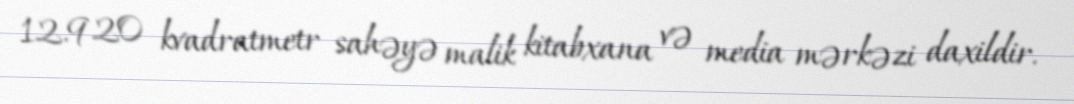
12.920 kvadratmetr sahəyə malik kitabxana və media mərkəzi daxildir.